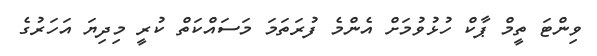
ވިންޓަ ތީމް ޕާކް ހުޅުވުމަށް އެންމެ ފުރަތަމަ މަސައްކަތް ކުރީ މިދިޔަ އަހަރުގެ